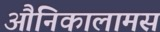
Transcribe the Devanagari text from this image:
औनिकालामस